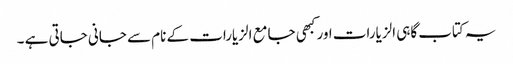
یہ کتاب گاہی الزیارات اور کبھی جامع الزیارات کے نام سے جانی جاتی ہے ۔